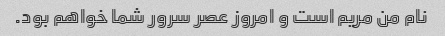
نام من مریم است و امروز عصر سرور شما خواهم بود.